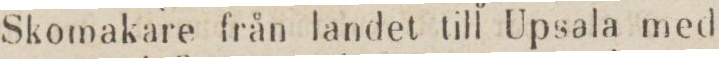
Skomakare från landet till Upsala med